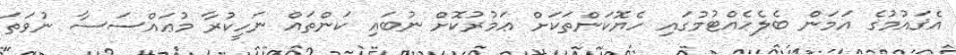
އެޤައުމުގެ އަމަން ބެލެހެއްޓުމުގައި ހެޔޮކަންތަކަށް ޢަމުރުކޮށް ނުބައި ކަންތައް ނަހީކުރާ މުޢައްސަސާ ނުވަތަ